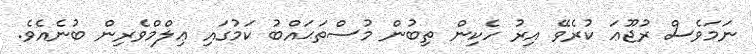
ނަމަވެސް ރުޖޫޢަ ކުރެވޭ އިރު ހެކިން ތިބުން މުސްތަޙައްބު ކަމުގައި ޢިލްމްވެރިން ބުނެއެވެ.